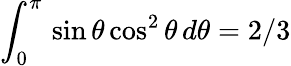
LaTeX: \int_{0}^{\pi}\, \sin\theta\cos^{2}\theta\, d\theta={2}/{3}